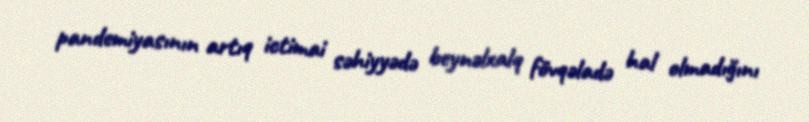
pandemiyasının artıq ictimai səhiyyədə beynəlxalq fövqəladə hal olmadığını